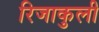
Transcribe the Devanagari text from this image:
रिजाकुली